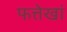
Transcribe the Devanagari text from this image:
फत्तेखां